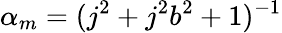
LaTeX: \alpha_{m}=(j^{2}+j^{2}b^{2}+1)^{-1}